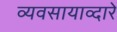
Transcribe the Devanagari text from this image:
व्यवसायाव्दारे